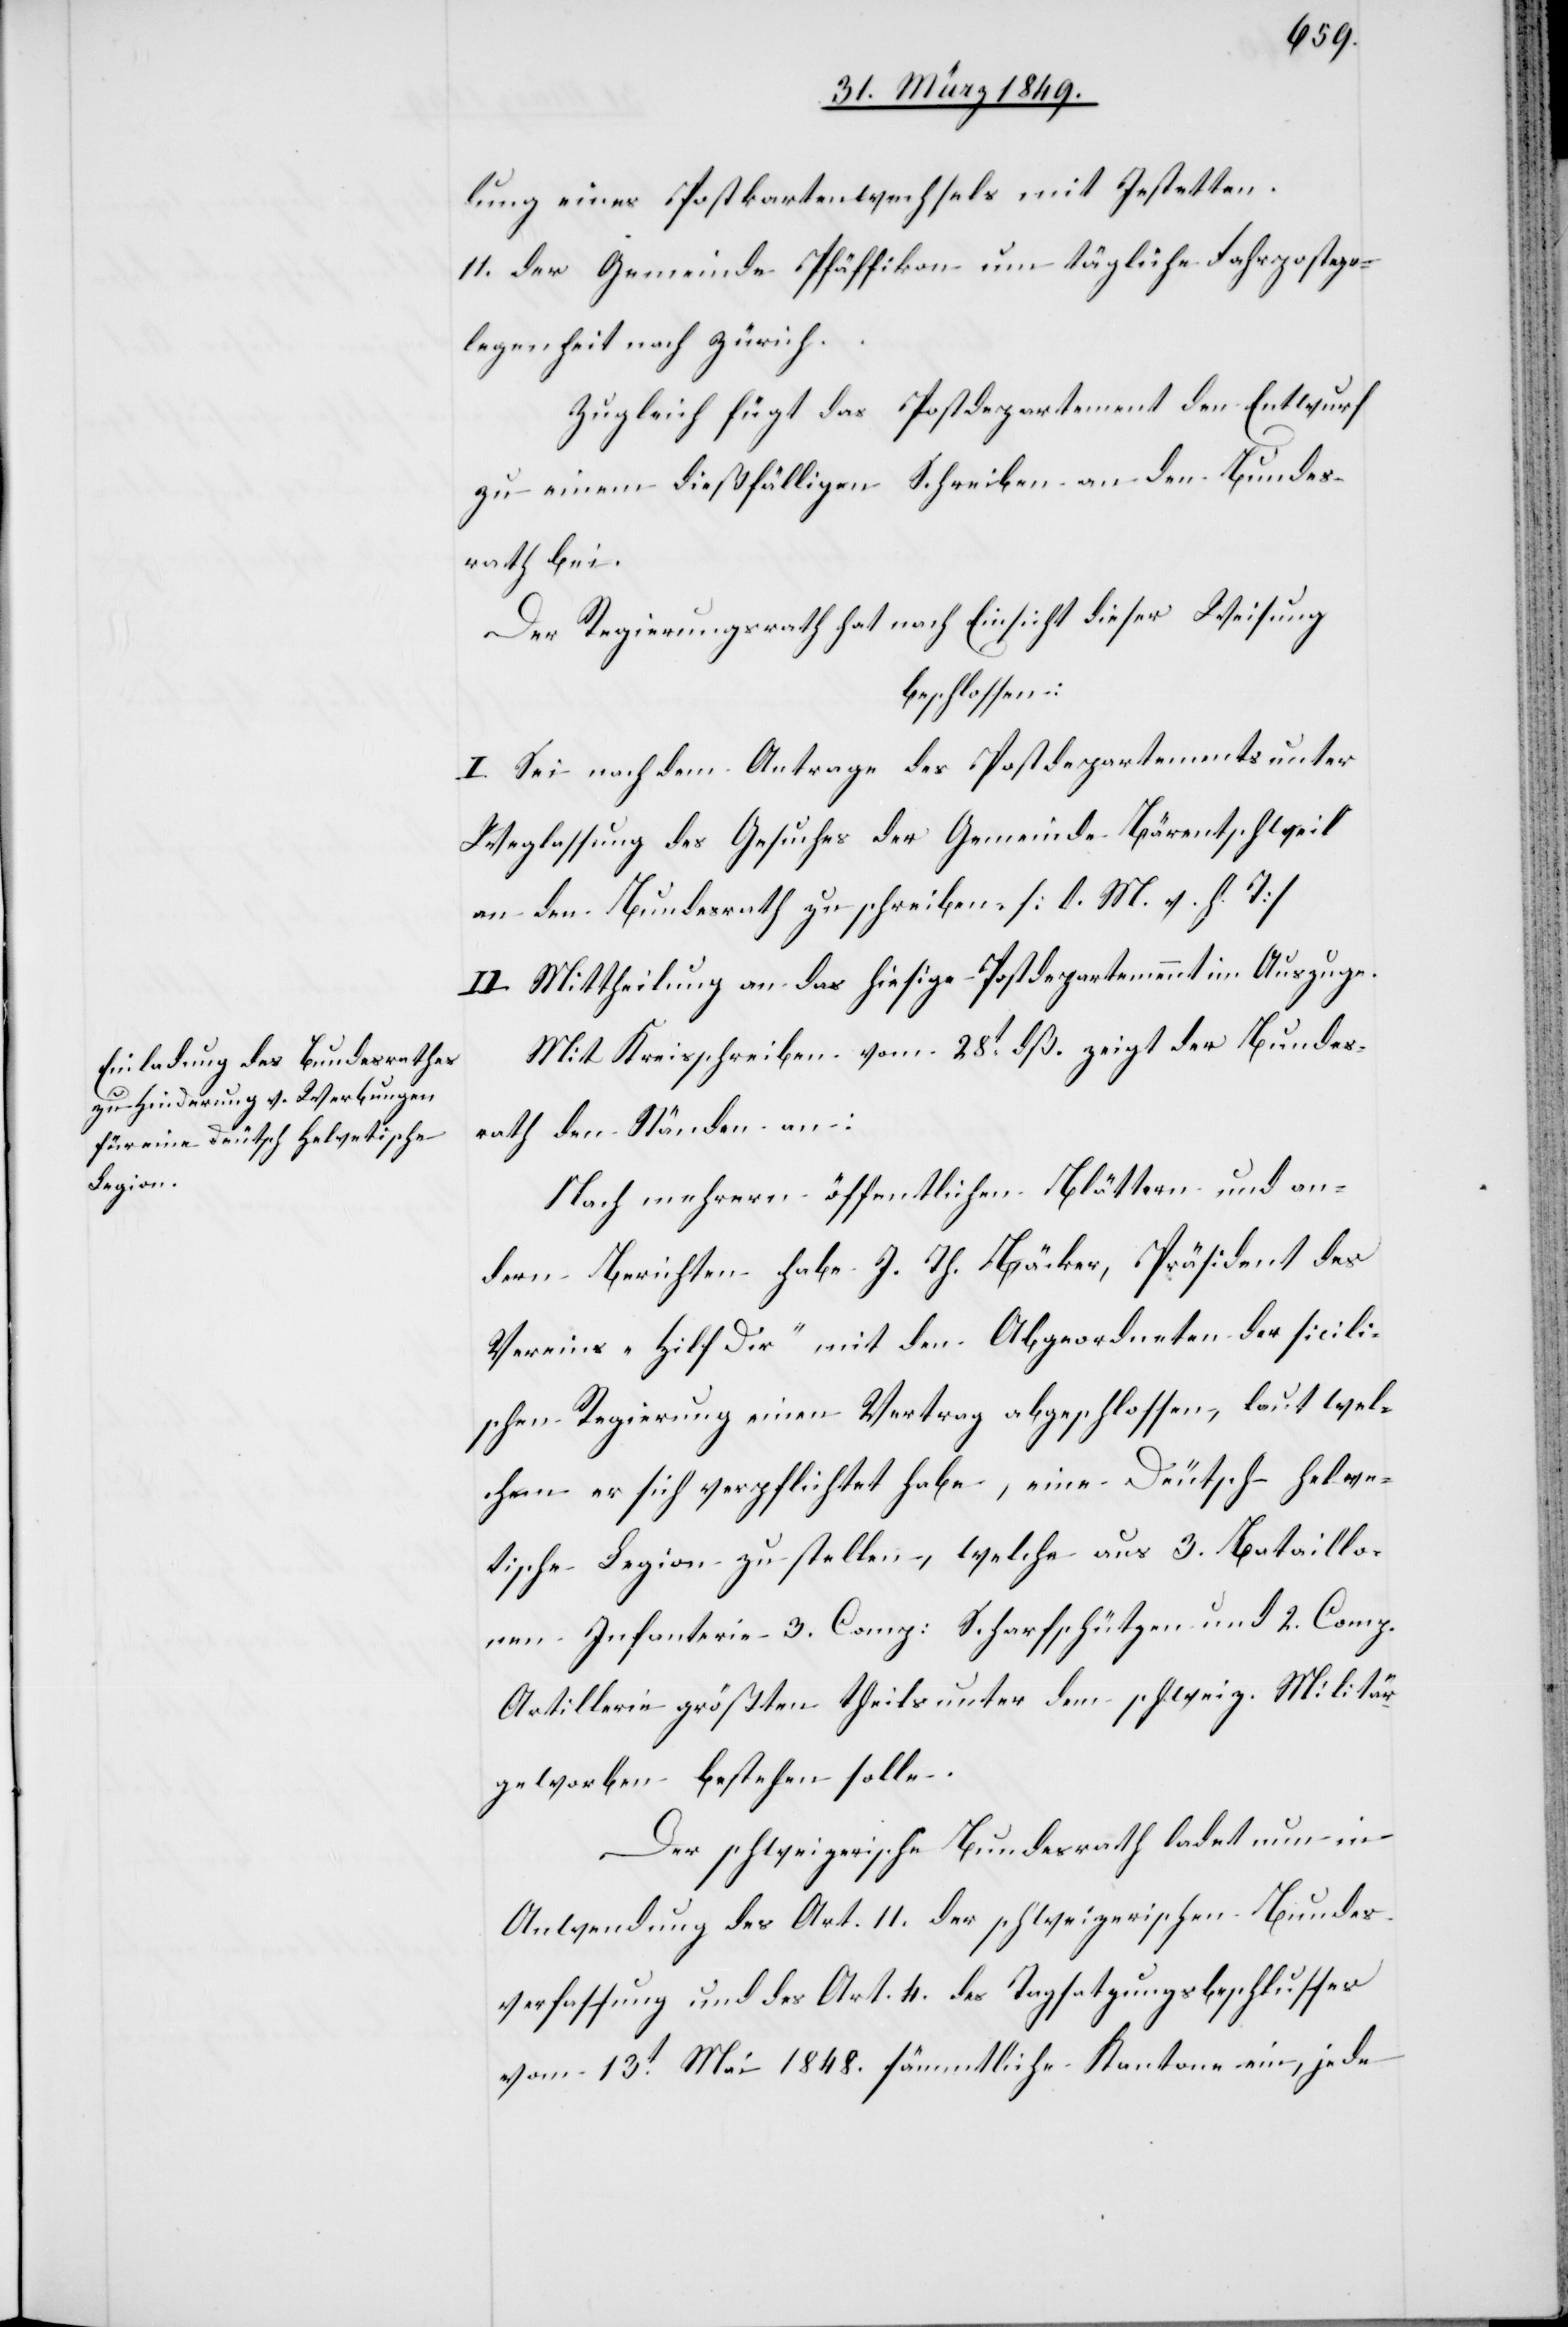
lung eines Postkartenwechsels mit Jestetten.
11. der Gemeinde Pfäffikon um tägliche Fahrpostge¬
legenheit nach Zürich.
Zugleich fügt das Postdepartement den Entwurf
zu einem dießfälligen Schreiben an den Bundes¬
rath bei.
Der Regierungsrath hat nach Einsicht dieser Weisung
beschlossen:
I. Sei nach dem Antrage des Postdepartements unter
Weglassung des Gesuches der Gemeinde Bärentschweil
an den Bundesrath zu schreiben. [l. M. v. h. T]
II. Mittheilung an das hiesige Postdepartemment im Auszuge.
Mit Kreisschreiben vom 28t. dß. zeigt der Bundes¬
rath den Ständen an:
Nach mehrern öffentlichen Blättern und an¬
dern Berichten habe J. Th. Bäcker, Präsident des
Vereins „Hilf Dir“ mit den Abgeordneten der sicili¬
schen Regierung einen Vertrag abgeschlossen, laut wel¬
chem er sich verpflichtet habe, eine Deutsch-helve¬
tische Legion zu stellen, welche aus 3. Bataillo¬
nen Infanterie 3. Comp: Scharfschützen und 2. Comp.
Artillerie größten theils unter dem schweiz. Militär
geworben bestehen solle.
Der schweizerische Bundesrath ladet nun in
Anwendung des Art. 11. der schweizerischen Bundes¬
verfassung und des Art. 4. des Tagsatzungsbeschlusses
vom 13t. Mai 1848. sämmtliche Kantone ein, jede